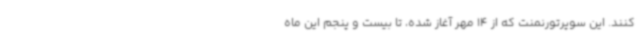
کنند. این سوپرتورنمنت که از 14 مهر آغاز شده، تا بیست و پنجم این ماه